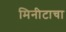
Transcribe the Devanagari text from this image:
मिनीटाचा